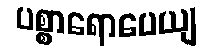
ပစ္စာရောပေယျ